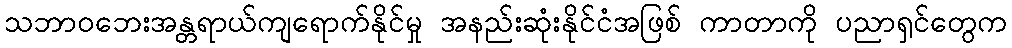
သဘာဝဘေးအန္တရာယ်ကျရောက်နိုင်မှု အနည်းဆုံးနိုင်ငံအဖြစ် ကာတာကို ပညာရှင်တွေက